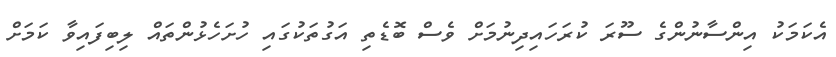
އެކަމަކު އިންސާނުންގެ ސޫރަ ކުރަހައިދިނުމަށް ވެސް ބޮޑެތި އަގުތަކުގައި ހުށަހެޅުންތައް ލިބިފައިވާ ކަމަށް